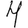
Digit: 4